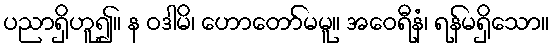
ပညာရှိဟူ၍။ န ဝဒါမိ၊ ဟောတော်မမူ။ အဝေရီနံ၊ ရန်မရှိသော။